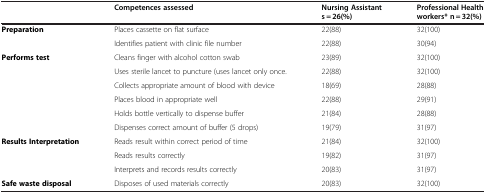
<table><thead><tr><td><b> </b></td><td><b>Competences assessed</b></td><td><b>Nursing Assistant s = 26(%)</b></td><td><b>Professional Health workers*n = 32(%)</b></td></tr></thead><tbody><tr><td><b>Preparation</b></td><td>Places cassette on flat surface</td><td>22(88)</td><td>32(100)</td></tr><tr><td> </td><td>Identifies patient with clinic file number</td><td>22(88)</td><td>30(94)</td></tr><tr><td><b>Performs test</b></td><td>Cleans finger with alcohol cotton swab</td><td>23(89)</td><td>32(100)</td></tr><tr><td> </td><td>Uses sterile lancet to puncture (uses lancet only once.</td><td>22(88)</td><td>32(100)</td></tr><tr><td> </td><td>Collects appropriate amount of blood with device</td><td>18(69)</td><td>28(88)</td></tr><tr><td> </td><td>Places blood in appropriate well</td><td>22(88)</td><td>29(91)</td></tr><tr><td> </td><td>Holds bottle vertically to dispense buffer</td><td>21(84)</td><td>28(88)</td></tr><tr><td> </td><td>Dispenses correct amount of buffer (5 drops)</td><td>19(79)</td><td>31(97)</td></tr><tr><td><b>Results Interpretation</b></td><td>Reads result within correct period of time</td><td>21(84)</td><td>32(100)</td></tr><tr><td> </td><td>Reads results correctly</td><td>19(82)</td><td>31(97)</td></tr><tr><td> </td><td>Interprets and records results correctly</td><td>20(83)</td><td>31(97)</td></tr><tr><td><b>Safe waste disposal</b></td><td>Disposes of used materials correctly</td><td>20(83)</td><td>32(100)</td></tr></tbody></table>